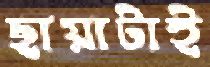
ছায়াটাই